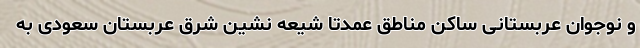
و نوجوان عربستانی ساکن مناطق عمدتا شیعه نشین شرق عربستان سعودی به